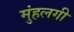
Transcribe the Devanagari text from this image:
मुंहलगी